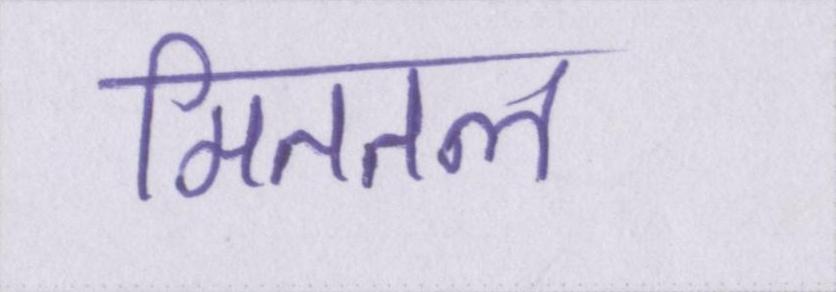
मिततल